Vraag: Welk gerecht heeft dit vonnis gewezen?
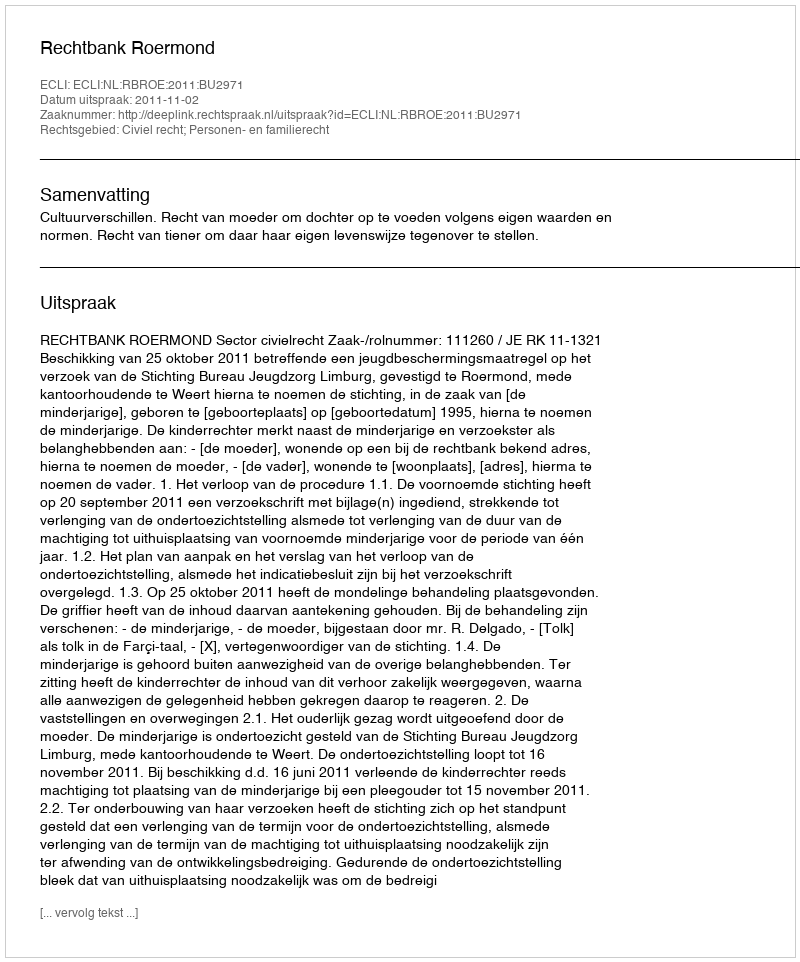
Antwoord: Rechtbank Roermond